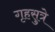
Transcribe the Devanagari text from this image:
गृहसुत्रे